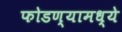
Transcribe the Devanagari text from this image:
फोडण्यामध्ये